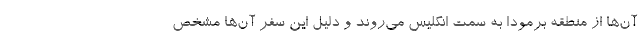
آن‌ها از منطقه برمودا به سمت انگلیس می‌روند و دلیل این سفر آن‌ها مشخص